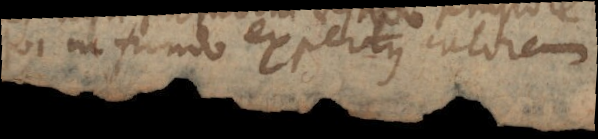
qui in fundo expertus calorem.